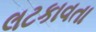
લટકાવતા